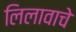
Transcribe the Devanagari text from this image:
लिलावाचे